Dysentery and liver abscess in Bombay - Number 47
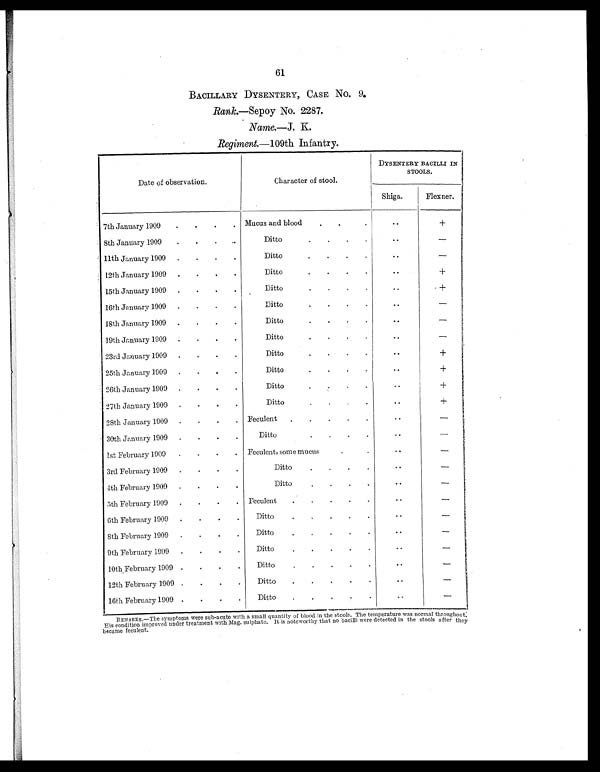
61
BACILLARY DYSENTERY, CASE NO. 9.
Rank.—Sepoy No. 2287.
Name.—J. K.
Regiment.— 109th Infantry.
Date of observation.
Character of stool.
DYSENTERY BACILLI IN
STOOLS.
Shiga.
Flexner.
7th January 1909
.
.
.
.
Mucus and blood
.
.
.
..
+
8th January 1909
.
.
.
.
Ditto
.
.
.
.
..
–
11th January 1909
.
.
.
.
Ditto
.
.
.
.
..
–
12th January 1909
.
.
.
.
Ditto
.
.
.
.
. .
+
15th January 1909
.
.
.
.
Ditto
.
.
.
.
..
+
16th January 1909
.
.
.
.
Ditto
.
.
.
.
..
–
18th January 1909
.
.
.
.
Ditto
.
.
.
.
..
–
19th January 1909
.
.
.
.
Ditto
.
.
.
.
. .
–
23rd January 1909
.
.
.
.
Ditto
. . .
. .
+
25th January 1909
.
.
.
.
Ditto
.
.
.
.
..
+
26th January 1909
.
.
.
.
Ditto
.
.
.
.
..
+
27th January 1909
.
.
.
.
Ditto
.
.
.
..
+
28th January 1909
.
.
.
.
Feculent
.
.
.
.
.
..
–
30th January 1909
.
.
.
.
Ditto
.
.
.
.
..
–
1st February 1909
.
.
.
.
Feculent, some mucus
.
.
. .
–
3rd February 1909 .
.
.
Ditto
.
.
.
.
..
–
4th February 1909
.
.
.
.
Ditto
.
.
.
.
..
–
5th February 1909
.
.
.
.
Feculent
.
.
.
.
.
.
..
–
6th February 1909
.
.
.
.
Ditto
.
.
.
.
. .
–
8th February 1909
.
.
.
.
Ditto
.
.
.
.
..
–
9th February 1909
.
.
.
.
Ditto
.
.
.
.
..
–
10th February 1909 .
.
Ditto
.
.
.
.
.
. .
–
12th February 1909
.
.
.
.
Ditto
.
.
.
.
..
–
16th February 1909
.
.
.
.
Ditto
.
.
.
.
.
..
–
REMARKS.—The symptoms were sub-acute with a small quantity of blood in the stools. The temperature was normal throughout:
His condition improved under treatment with Mag. sulphate. It is noteworthy that no bacilli were detected in the stools after they
became feculent.